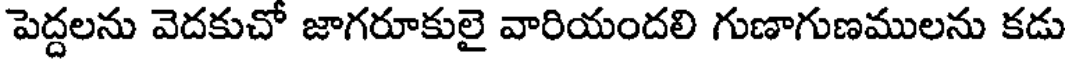
పెద్దలను వెదకుచో జాగరూకులై వారియందలి గుణాగుణములను కడు